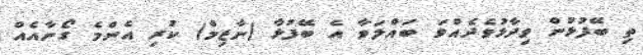
ތި ބޭފުޅުން ވިދާޅުވެދެއްވަ ބައްލަވާ އެ ބޭފުޅާ (ނާޒިމް) ކުރި އެންމެ ގޯނާއެއް